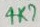
Text: 4K7